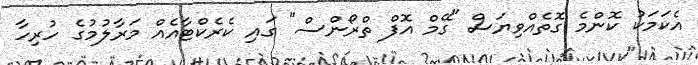
އެކަމަކު ކޮންމެ ގޮތެއްވިޔަސް "ގޭމް އޮފް ތްރޯންސް" ގައި ކެރެކްޓާއެއް މަރާލުމުގެ ހުރިހާ